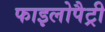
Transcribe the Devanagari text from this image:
फाइलोपैट्री